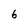
Character: 6